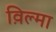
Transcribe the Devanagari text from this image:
व़िल्मा